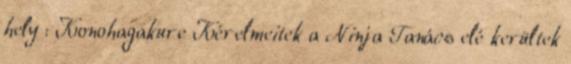
hely : Konohagakure Kérelmeitek a Ninja Tanács elé kerültek